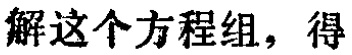
解这个方程组，得